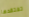
تفتقدها